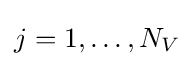
j=1,\ldots ,N_{V}